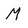
Character: M